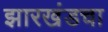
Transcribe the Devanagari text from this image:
झारखंडचा